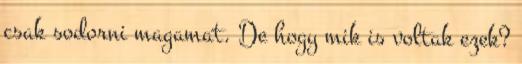
csak sodorni magamat. De hogy mik is voltak ezek?